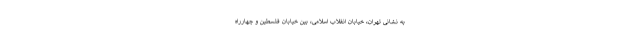
به نشانی تهران، خیابان انقلاب اسلامی، بین خیابان فلسطین و چهارراه